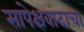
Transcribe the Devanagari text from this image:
सापेक्षवादाचा